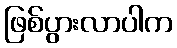
ဖြစ်ပွားလာပါက